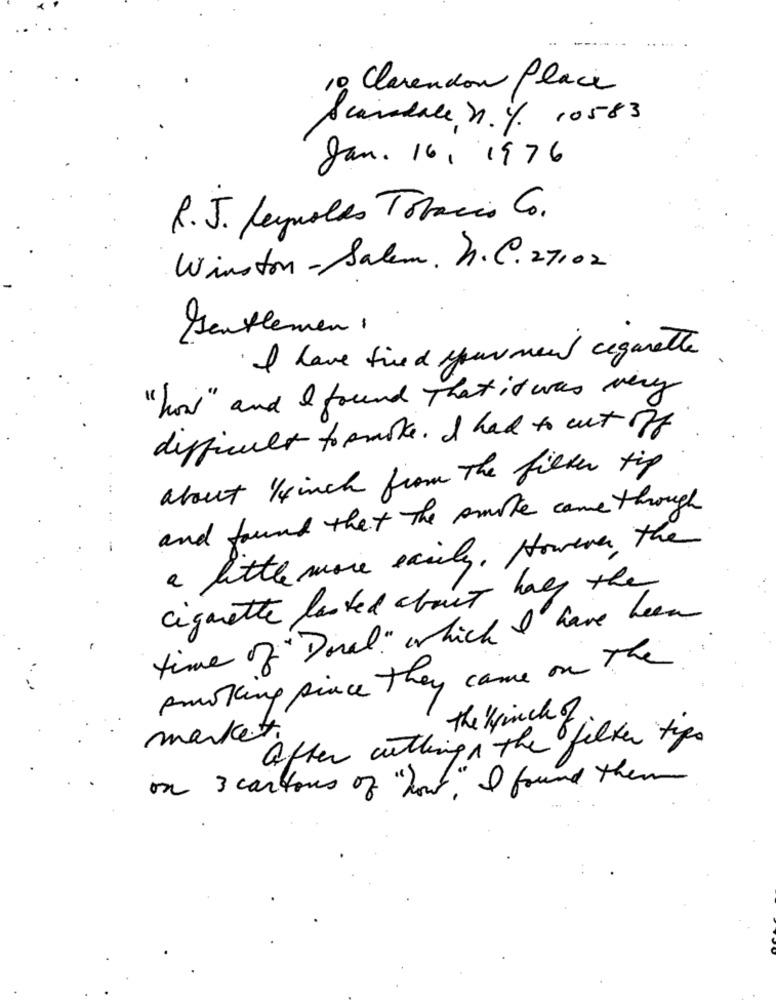
10 Clarendon Place
Scarsdale n. Y. 10583
Jan. 16, 1976
R. J. Leypolas Tobacco Co.
Winston-Salem. M.C. 27102
Gentlemen ,
I have fixed your ment cigarette
" how " and I found That it was very
difficult to smoke . I had to cut off
about 1/4 inch from The filter tip
and found that The smoke came through
-
a little more easily. However, the
cigarette lasted about haly the
time of " Donal " which I have been
smoking since they came on The
the "pinch of
market.
after withings the filter tips
on 3 cartons of "how" I found them